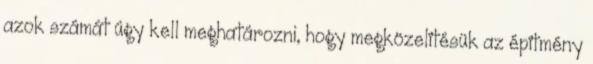
azok számát úgy kell meghatározni, hogy megközelítésük az építmény